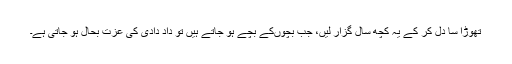
تھوڑا سا دل کر کے یہ کچھ سال گزار لیں، جب بچوں‌کے بچے ہو جاتے ہیں تو داد دادی کی عزت بحال ہو جاتی ہے۔